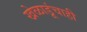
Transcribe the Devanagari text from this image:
खेळाडूंचाही